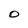
Character: O